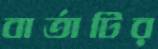
বার্তাটির